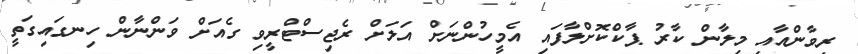
ރިވާންއާއި މިލާން ކާރު ޕާކްކޮށްލާފައި އެމީހުންނަށް އަލަށް ރެޖިސްޓްރީވި ގެއަށް ވަންނާން ހިނގައިގަތީ